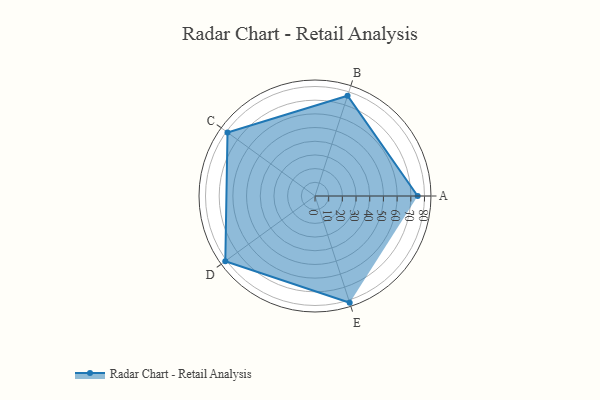
{"axis": {"x": "Skill", "y": "Score"}, "legend": ["Profile"], "data": [{"x": "A", "y": 75.0, "type": "Profile"}, {"x": "B", "y": 77.0, "type": "Profile"}, {"x": "C", "y": 79.0, "type": "Profile"}, {"x": "D", "y": 81.0, "type": "Profile"}, {"x": "E", "y": 82.0, "type": "Profile"}]}